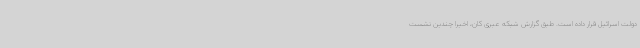
دولت اسرائیل قرار داده است. طبق گزارش شبکه عبری کان، اخیرا چندین نشست